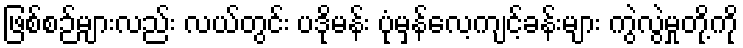
ဖြစ်စဉ်များလည်း လယ်တွင်း ပဒိုမန်း ပုံမှန်လေ့ကျင့်ခန်းများ ကွဲလွဲမှုတို့ကို